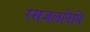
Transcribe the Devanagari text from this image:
रसजलनिधि